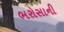
ભરોસાની